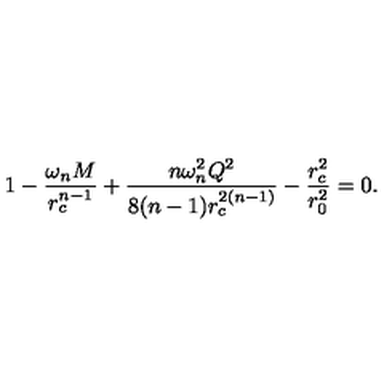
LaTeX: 1 - \frac { \omega _ { n } M } { r _ { c } ^ { n - 1 } } + \frac { n \omega _ { n } ^ { 2 } Q ^ { 2 } } { 8 ( n - 1 ) r _ { c } ^ { 2 ( n - 1 ) } } - \frac { r _ { c } ^ { 2 } } { r _ { 0 } ^ { 2 } } = 0 .